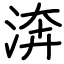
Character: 渀